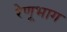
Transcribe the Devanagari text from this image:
रेणूभाग